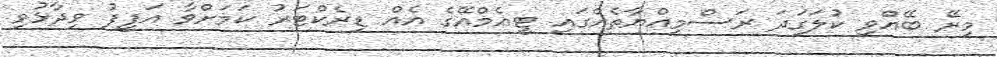
މިރޭ ބޭއްވި ކުލަގަދަ ރަސްމިއްޔާތެއްގައި ޓީއެމްއޭގެ އެއް ޑިރެކްޓަރު ކަމަށްވާ އަފީފު ވިދާޅުވި